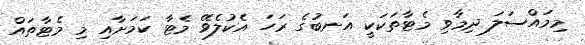
މިމައްސަލަ ދިމާވި މެޓާތަކަކީ އަނބުގެ ރަހަ އެކުލެވޭ މެޓާ ކަމަށާއި މި މެޓާތައް